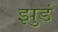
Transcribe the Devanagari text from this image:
झुडं